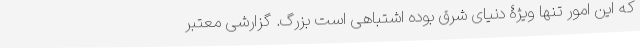
که این امور تنها ویژۀ دنیای شرق بوده اشتباهی است بزرگ. گزارشی معتبر